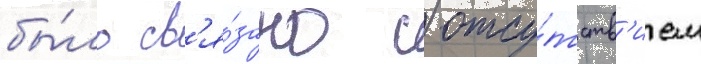
бы́ло св'я́зано с отсу́тств'ием